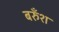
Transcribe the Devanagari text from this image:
बरुँश